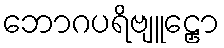
ဘောဂပရိဗျူဠှော